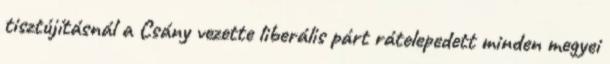
tisztújításnál a Csány vezette liberális párt rátelepedett minden megyei